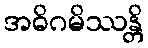
အဓိဂမိဿန္တိ